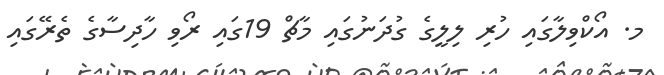
މ. އޯކްވިލާގައި ހުރި ލިލީގެ ގުދަނުގައި މާޗް 19ގައި ރޯވި ހާދިސާގެ ތެރޭގައި